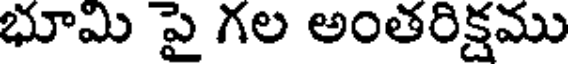
భూమి పై గల అంతరిక్షము